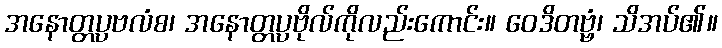
အနောတ္တပ္ပဗလံစ၊ အနောတ္တပ္ပဗိုလ်ကိုလည်းကောင်း။ ဝေဒိတဗ္ဗံ၊ သိအပ်၏။